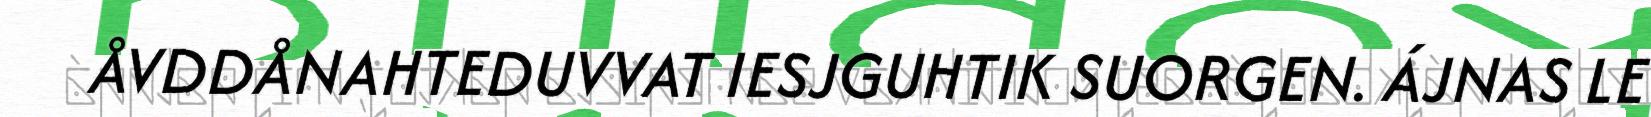
ÅVDDÅNAHTEDUVVAT IESJGUHTIK SUORGEN. ÁJNAS LE